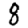
Digit: 8